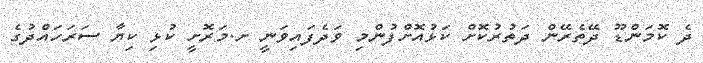
ދެ ކޮމަންޑޫ ދޭތެރޭން ދަތުރުކޮށް ކަޅުއޮށްފުންމި ވަދެފައިވަނީ ށ.މަރޮށީ ކުޅި ކިޔާ ސަރަހައްދުގެ